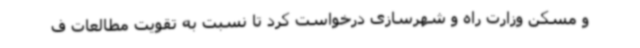
و مسکن وزارت راه و شهرسازی درخواست کرد تا نسبت به تقویت مطالعات ف